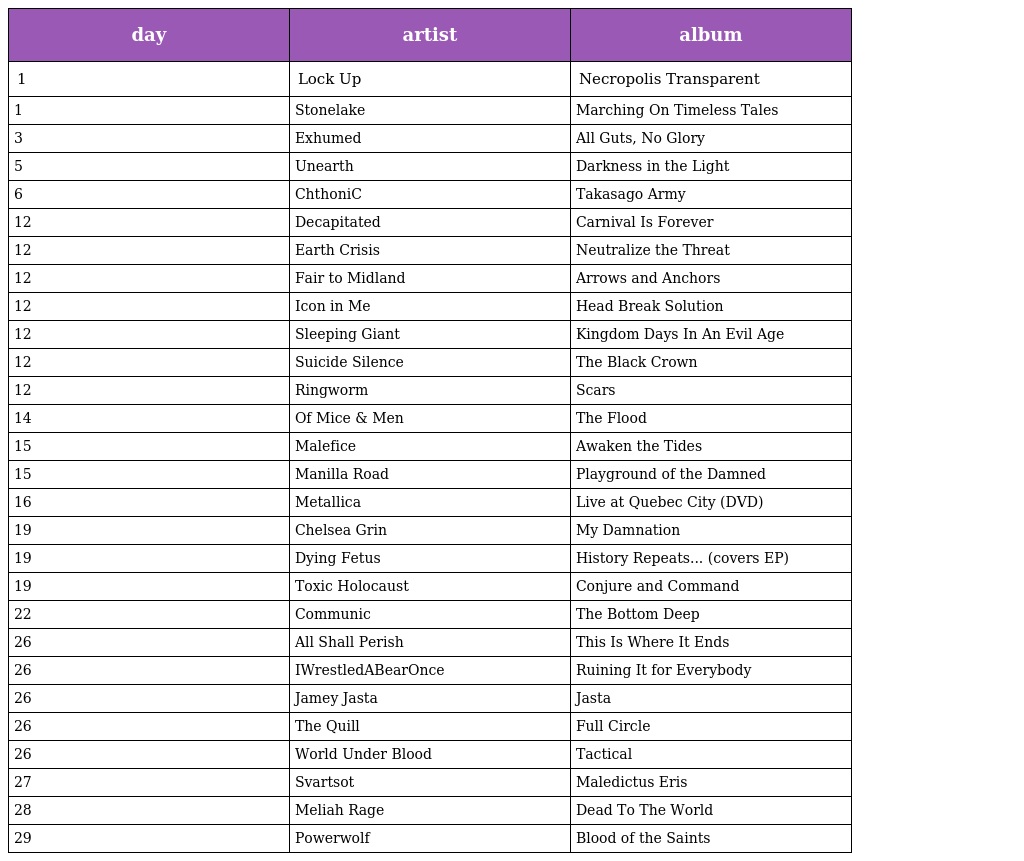
| day | artist | album |
 | --- | --- | --- |
 | 1 | Lock Up | Necropolis Transparent |
 | 1 | Stonelake | Marching On Timeless Tales |
 | 3 | Exhumed | All Guts, No Glory |
 | 5 | Unearth | Darkness in the Light |
 | 6 | ChthoniC | Takasago Army |
 | 12 | Decapitated | Carnival Is Forever |
 | 12 | Earth Crisis | Neutralize the Threat |
 | 12 | Fair to Midland | Arrows and Anchors |
 | 12 | Icon in Me | Head Break Solution |
 | 12 | Sleeping Giant | Kingdom Days In An Evil Age |
 | 12 | Suicide Silence | The Black Crown |
 | 12 | Ringworm | Scars |
 | 14 | Of Mice & Men | The Flood |
 | 15 | Malefice | Awaken the Tides |
 | 15 | Manilla Road | Playground of the Damned |
 | 16 | Metallica | Live at Quebec City (DVD) |
 | 19 | Chelsea Grin | My Damnation |
 | 19 | Dying Fetus | History Repeats... (covers EP) |
 | 19 | Toxic Holocaust | Conjure and Command |
 | 22 | Communic | The Bottom Deep |
 | 26 | All Shall Perish | This Is Where It Ends |
 | 26 | IWrestledABearOnce | Ruining It for Everybody |
 | 26 | Jamey Jasta | Jasta |
 | 26 | The Quill | Full Circle |
 | 26 | World Under Blood | Tactical |
 | 27 | Svartsot | Maledictus Eris |
 | 28 | Meliah Rage | Dead To The World |
 | 29 | Powerwolf | Blood of the Saints |